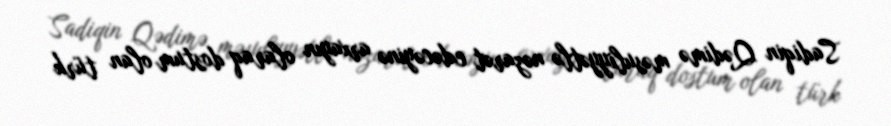
Sadiqin Qədimə məsuliyyətlə nəzarət edəcəyinə arxayın olaraq dostum olan türk